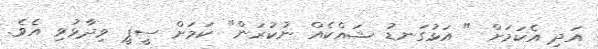
އަދި އެކަމަށް " އަޅުގަނޑު ޝައްކެއް ނުކުރަން" ކަމަށް ސީޕީ ވިދާޅުވި އެވެ.